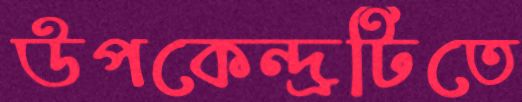
উপকেন্দ্রটিতে